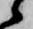
候